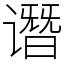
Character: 谮